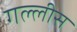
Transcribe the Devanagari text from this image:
गल्लीस